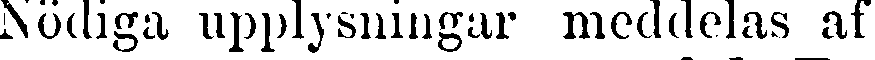
Nödiga upplysningar meddelas af